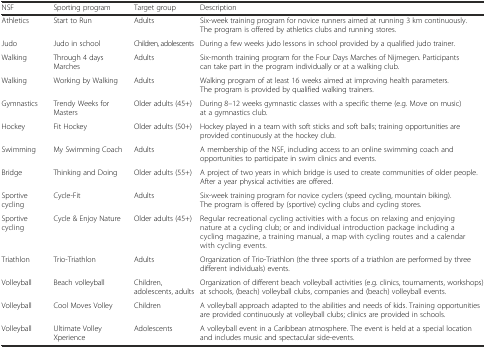
<table><thead><tr><td><b>NSF</b></td><td><b>Sporting program</b></td><td><b>Target group</b></td><td><b>Description</b></td></tr></thead><tbody><tr><td>Athletics</td><td>Start to Run</td><td>Adults</td><td>Six-week training program for novice runners aimed at running 3 km continuously. The program is offered by athletics clubs and running stores.</td></tr><tr><td>Judo</td><td>Judo in school</td><td>Children, adolescents</td><td>During a few weeks judo lessons in school provided by a qualified judo trainer.</td></tr><tr><td>Walking</td><td>Through 4 days Marches</td><td>Adults</td><td>Six-month training program for the Four Days Marches of Nijmegen. Participants can take part in the program individually or at a walking club.</td></tr><tr><td>Walking</td><td>Working by Walking</td><td>Adults</td><td>Walking program of at least 16 weeks aimed at improving health parameters. The program is provided by qualified walking trainers.</td></tr><tr><td>Gymnastics</td><td>Trendy Weeks for Masters</td><td>Older adults (45+)</td><td>During 8–12 weeks gymnastic classes with a specific theme (e.g. Move on music) at a gymnastics club.</td></tr><tr><td>Hockey</td><td>Fit Hockey</td><td>Older adults (50+)</td><td>Hockey played in a team with soft sticks and soft balls; training opportunities are provided continuously at the hockey club.</td></tr><tr><td>Swimming</td><td>My Swimming Coach</td><td>Adults</td><td>A membership of the NSF, including access to an online swimming coach and opportunities to participate in swim clinics and events.</td></tr><tr><td>Bridge</td><td>Thinking and Doing</td><td>Older adults (55+)</td><td>A project of two years in which bridge is used to create communities of older people. After a year physical activities are offered.</td></tr><tr><td>Sportive cycling</td><td>Cycle-Fit</td><td>Adults</td><td>Six-week training program for novice cyclers (speed cycling, mountain biking). The program is offered by (sportive) cycling clubs and cycling stores.</td></tr><tr><td>Sportive cycling</td><td>Cycle &amp; Enjoy Nature</td><td>Older adults (45+)</td><td>Regular recreational cycling activities with a focus on relaxing and enjoying nature at a cycling club; or and individual introduction package including a cycling magazine, a training manual, a map with cycling routes and a calendar with cycling events.</td></tr><tr><td>Triathlon</td><td>Trio-Triathlon</td><td>Adults</td><td>Organization of Trio-Triathlon (the three sports of a triathlon are performed by three different individuals) events.</td></tr><tr><td>Volleyball</td><td>Beach volleyball</td><td>Children, adolescents, adults</td><td>Organization of different beach volleyball activities (e.g. clinics, tournaments, workshops) at schools, (beach) volleyball clubs, companies and (beach) volleyball events.</td></tr><tr><td>Volleyball</td><td>Cool Moves Volley</td><td>Children</td><td>A volleyball approach adapted to the abilities and needs of kids. Training opportunities are provided continuously at volleyball clubs; clinics are provided in schools.</td></tr><tr><td>Volleyball</td><td>Ultimate Volley Xperience</td><td>Adolescents</td><td>A volleyball event in a Caribbean atmosphere. The event is held at a special location and includes music and spectacular side-events.</td></tr></tbody></table>